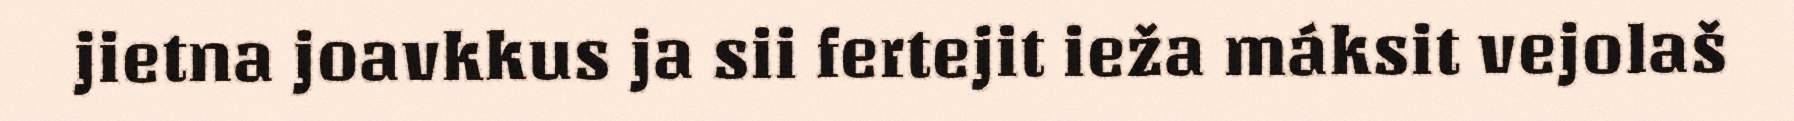
jietna joavkkus ja sii fertejit ieža máksit vejolaš